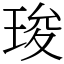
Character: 㻐